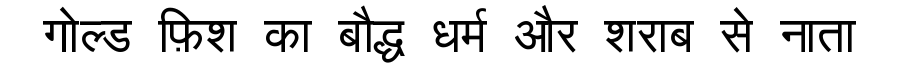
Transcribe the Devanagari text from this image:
गोल्ड फ़िश का बौद्ध धर्म और शराब से नाता